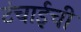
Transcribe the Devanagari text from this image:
टंचाईची